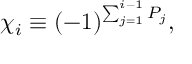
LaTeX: \chi _ { i } \equiv ( - 1 ) ^ { \sum _ { j = 1 } ^ { i - 1 } P _ { j } } ,